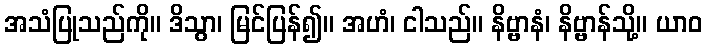
အသံပြုသည်ကို။ ဒိသွာ၊ မြင်ပြန်၍။ အဟံ၊ ငါသည်။ နိဗ္ဗာနံ၊ နိဗ္ဗာန်သို့။ ယာဝ